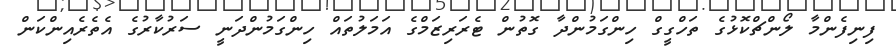
ފިނިފެންމާ ލޯންޗްކޮޅުގެ ތަހްގީގް ހިންގަމުންދާ ގޮތުން ޓެރަރިޒަމްގެ އަމަލުތައް ހިންގަމުންދަނީ ސަރުކާރުގެ އެތެރެއިންކަން